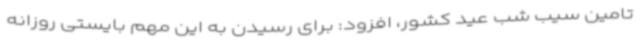
تامین سیب شب عید کشور، افزود: برای رسیدن به این مهم بایستی روزانه